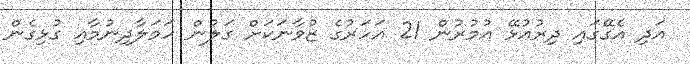
އަދި އެގޭގައި ދިރުއުޅޭ އުމުރުން 21 އަހަރުގެ ޒުވާނަކަށް ގަލުން ހަމަލާދިނުމާއި ގުޅިގެން